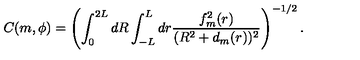
C ( m , { \phi } ) = \left( \int _ { 0 } ^ { 2 L } d R \int _ { - L } ^ { L } d r \frac { f _ { m } ^ { 2 } ( r ) } { ( R ^ { 2 } + d _ { m } ( r ) ) ^ { 2 } } \right) ^ { - 1 / 2 } .